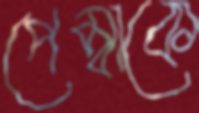
পেম্বাকে